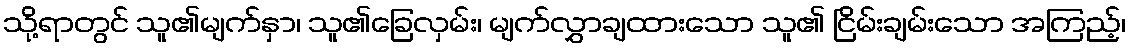
သို့ရာတွင် သူ၏မျက်နှာ၊ သူ၏ခြေလှမ်း၊ မျက်လွှာချထားသော သူ၏ ငြိမ်းချမ်းသော အကြည့်၊